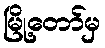
မြို့တော်မှ